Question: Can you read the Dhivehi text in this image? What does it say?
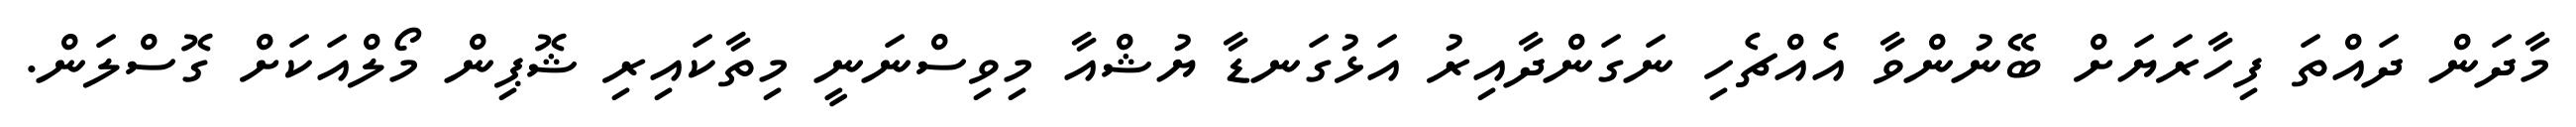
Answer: މާދަން ދައްތަ ފިހާރަޔަށް ބޭނުންވާ އެއްޗެހި ނަގަންދާއިރު އަޅުގަނޑާ ޔުޝްއާ މިވިސްނަނީ މިތާކައިރި ޝޮޕިން މޯލްއަކަށް ގޮސްލަން.